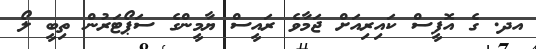
އދ. ގެ އޮފީސް ކައިރިއަށް ޖަމާވެ ރައީސް ޔާމީންގެ ސަޕޯޓަރުން ތިބީ ލޯ